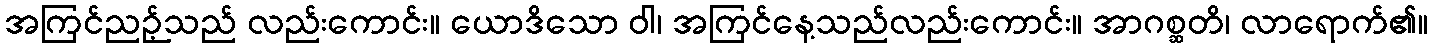
အကြင်ညဉ့်သည် လည်းကောင်း။ ယောဒိသော ဝါ၊ အကြင်နေ့သည်လည်းကောင်း။ အာဂစ္ဆတိ၊ လာရောက်၏။